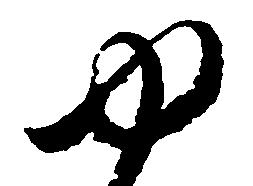
ゆ